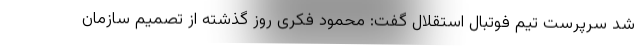
شد سرپرست تیم فوتبال استقلال گفت: محمود فکری روز گذشته از تصمیم سازمان